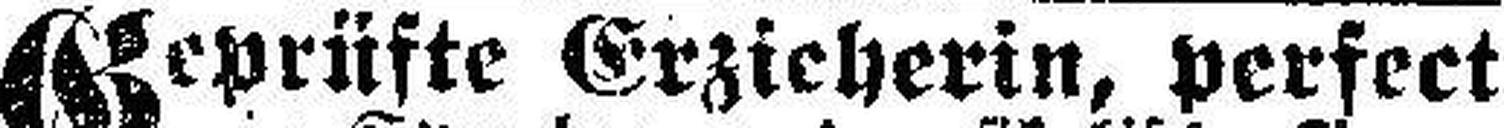
Geprüfte Erzieherin, perfect